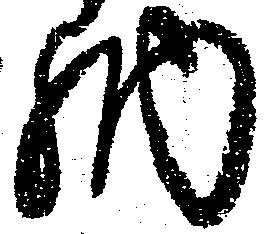
納